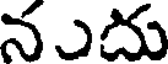
నుదు